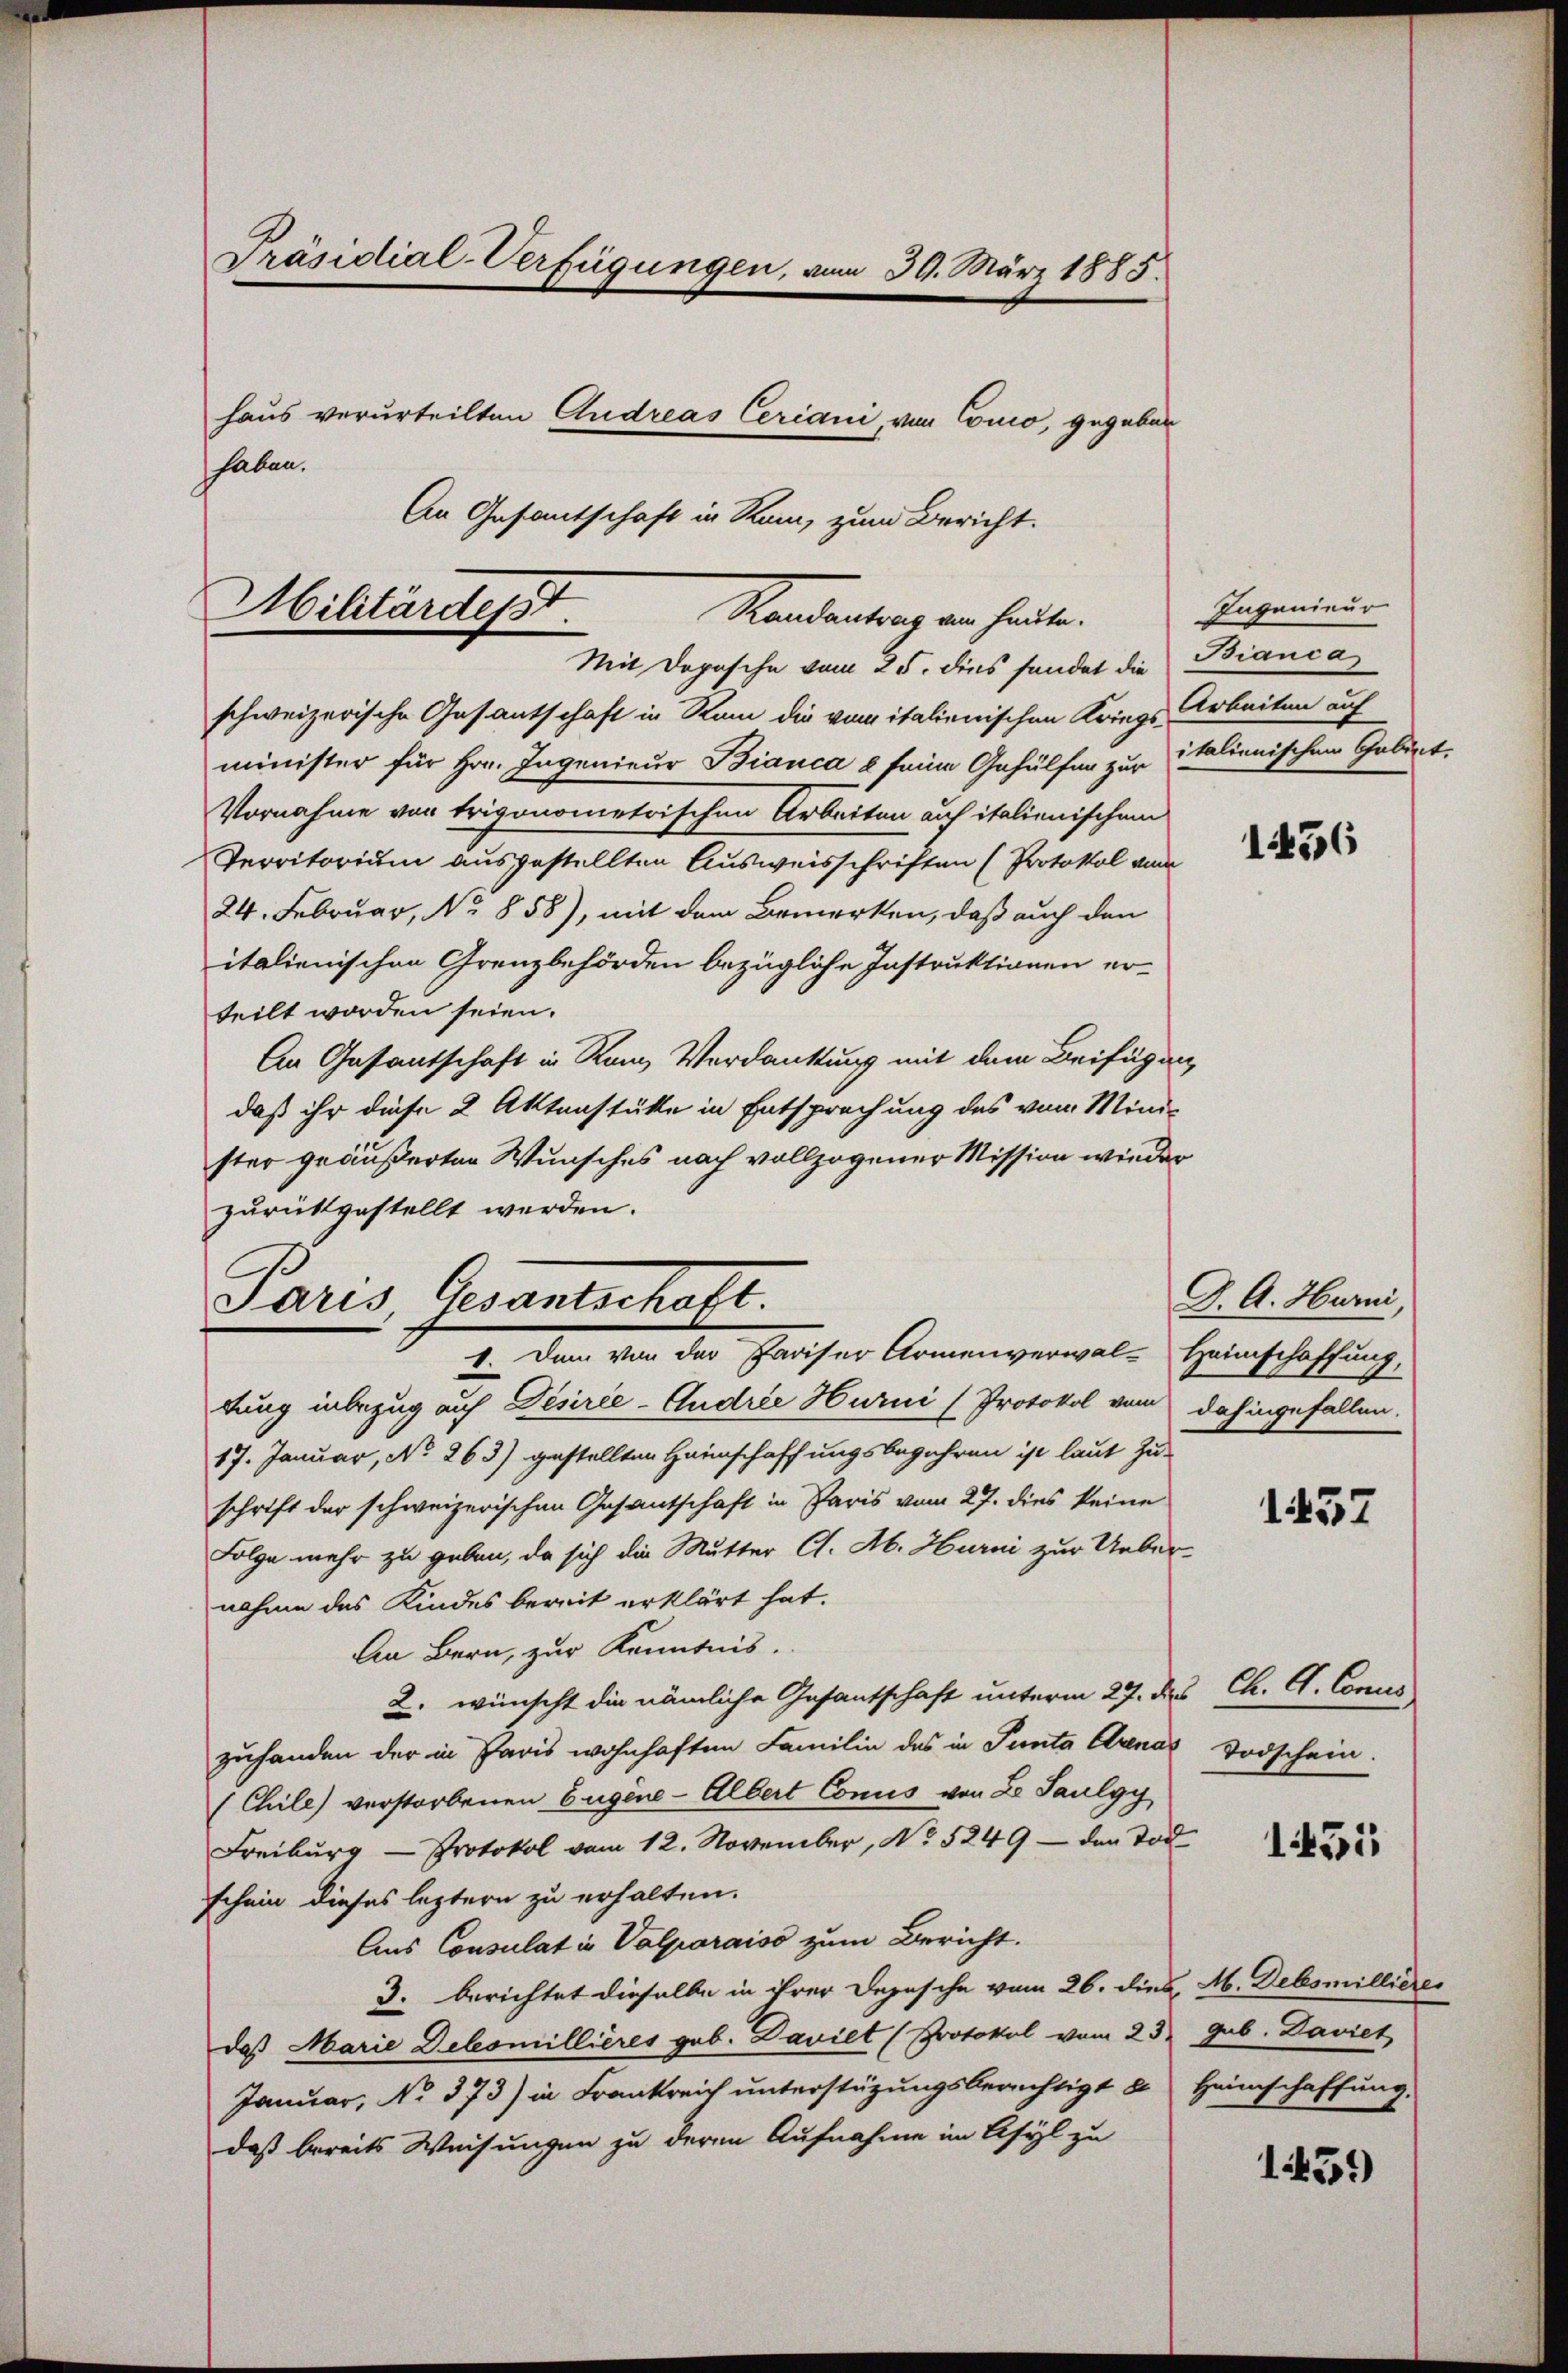
Präsidial-Verfügungen, vom 30. März 1885.
haus verurteilten Andreas Ceriani, von Conco, gegeben
haben.
An Gesantschaft in Rum, zum Bericht.

Militärdesst.
Randentrag an heute.

Mit Deposche vom 25. dies sendet die
schweizerische Gesantschaft in Ram die vom italienischen Kriegs Arbeiten auf
minister für Hrn. Ingenieur Bianca e seine Gehülfen zur Italienischen Gebiet
Vornahme von trigonometrischen Arbeiten auf italienischen
Territorium ausgestellten Ausweisschriften (Protokol vom
24. Februar, No 858), mit dem Bemerken, daß auch den
italienischen Grenzbehörden bezügliche Instruktionen erteilt worden seien.
An Gesantschaft in Ran Verdankung mit dem Beifügung
daß ihr diese 2 Aktenstüke in Entsprechung des vom Minister geäußerten Wunsches nach vollzogener Mission wieder
zurückgestellt werden.
tung inbezug auf Desirie-Audree Hurni (Protokol vom dahingefallen.
17. Januar, No 263) gestellten Haunschaffungsbegehren ist laut Zu-
schrift der schweizerischen Gesantschaft in Paris vom 27. dies keine
Folge mehr zu geben, da sich die Mutter Cl. Ab. Hurni zur Ueber-
nahme des Kindes bereit erklärt hat.
An Bern, zur Kenntnis.
2. wünscht die nämliche Gesantschaft unterm 27. des
zuhanden der in Paris wohnhaften Familie des in Panta Arena Todschein
(Chile) verstorbenen Eugene-Albert Conus von L. Saulgy
Freiburg - Protokol vom 12. November, No 5249 — den Tod
schein dieses leztern zu erhalten.
Aus Consulat in Valparaiso zum Bericht.
3. berichtet dieselbe in ihrer Depesche vom 26. dies, M. Debsmillierer
daß Marie Delesmillieres geb. Daviet (Protokol vom 23. Gub. Daviet
Januar, No 373) in Frankreich unterstützungsberichtigt u Heimschaffung.
daß bereits Weisungen zu deren Aufnahme im Asyl zu

Paris, Gesantschaft.
1. Dann von der Pariser Armenverwal-Heimschaffung,

Ingenieur
Bianca

1456

J. A. Hurni,

1457

Ch. G. Concis

1451

1451)